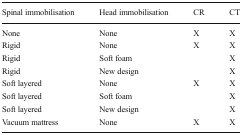
| Spinal immobilisation | Head immobilisation | CR | CT |
 | --- | --- | --- | --- |
 | None | None | X | X |
 | Rigid | None | X | X |
 | Rigid | Soft foam |  | X |
 | Rigid | New design |  | X |
 | Soft layered | None | X | X |
 | Soft layered | Soft foam |  | X |
 | Soft layered | New design |  | X |
 | Vacuum mattress | None | X | X |